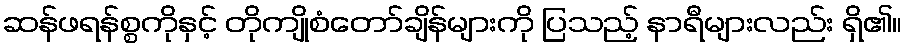
ဆန်ဖရန်စ္စကိုနှင့် တိုကျိုစံတော်ချိန်များကို ပြသည့် နာရီများလည်း ရှိ၏။